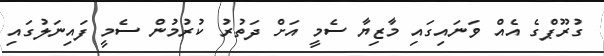
ގުރޫޕްގެ އެއް ވަނައިގައި މާޒިޔާ ސެމީ އަށް ދަތުރު ކުރުމުން ސެމީ ފައިނަލުގައި